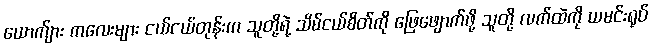
ယောက်ျား ကလေးများ ငယ်ငယ်တုန်းက သူတို့ရဲ့ သိမ်ငယ်စိတ်ကို ဖြေဖျောက်ဖို့ သူတို့ လက်ထဲကို ယမင်းရုပ်